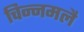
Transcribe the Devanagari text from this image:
चिन्नमलै